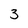
Character: 3